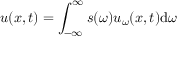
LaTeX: u ( x , t ) = \int _ { - \infty } ^ { \infty } s ( \omega ) u _ { \omega } ( x , t ) \mathrm { d } \omega